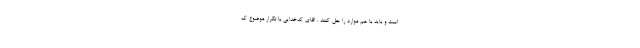
است و باید با هم موارد را حل کنند . اقای کدخدایی با تکرار موضوع ک